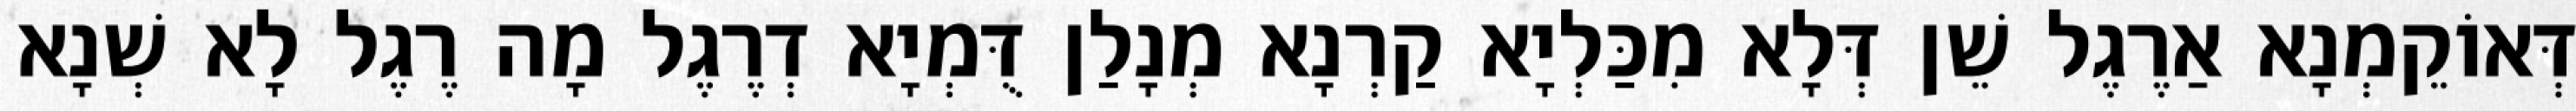
דְּאוֹקֵמְנָא אַרֶגֶל שֵׁן דְּלָא מִכַּלְיָא קַרְנָא מְנָלַן דֻּמְיָא דְרֶגֶל מָה רֶגֶל לָא שְׁנָא